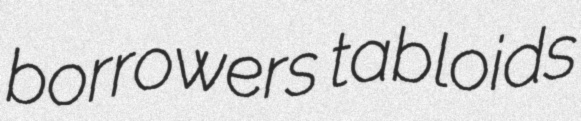
borrowers tabloids